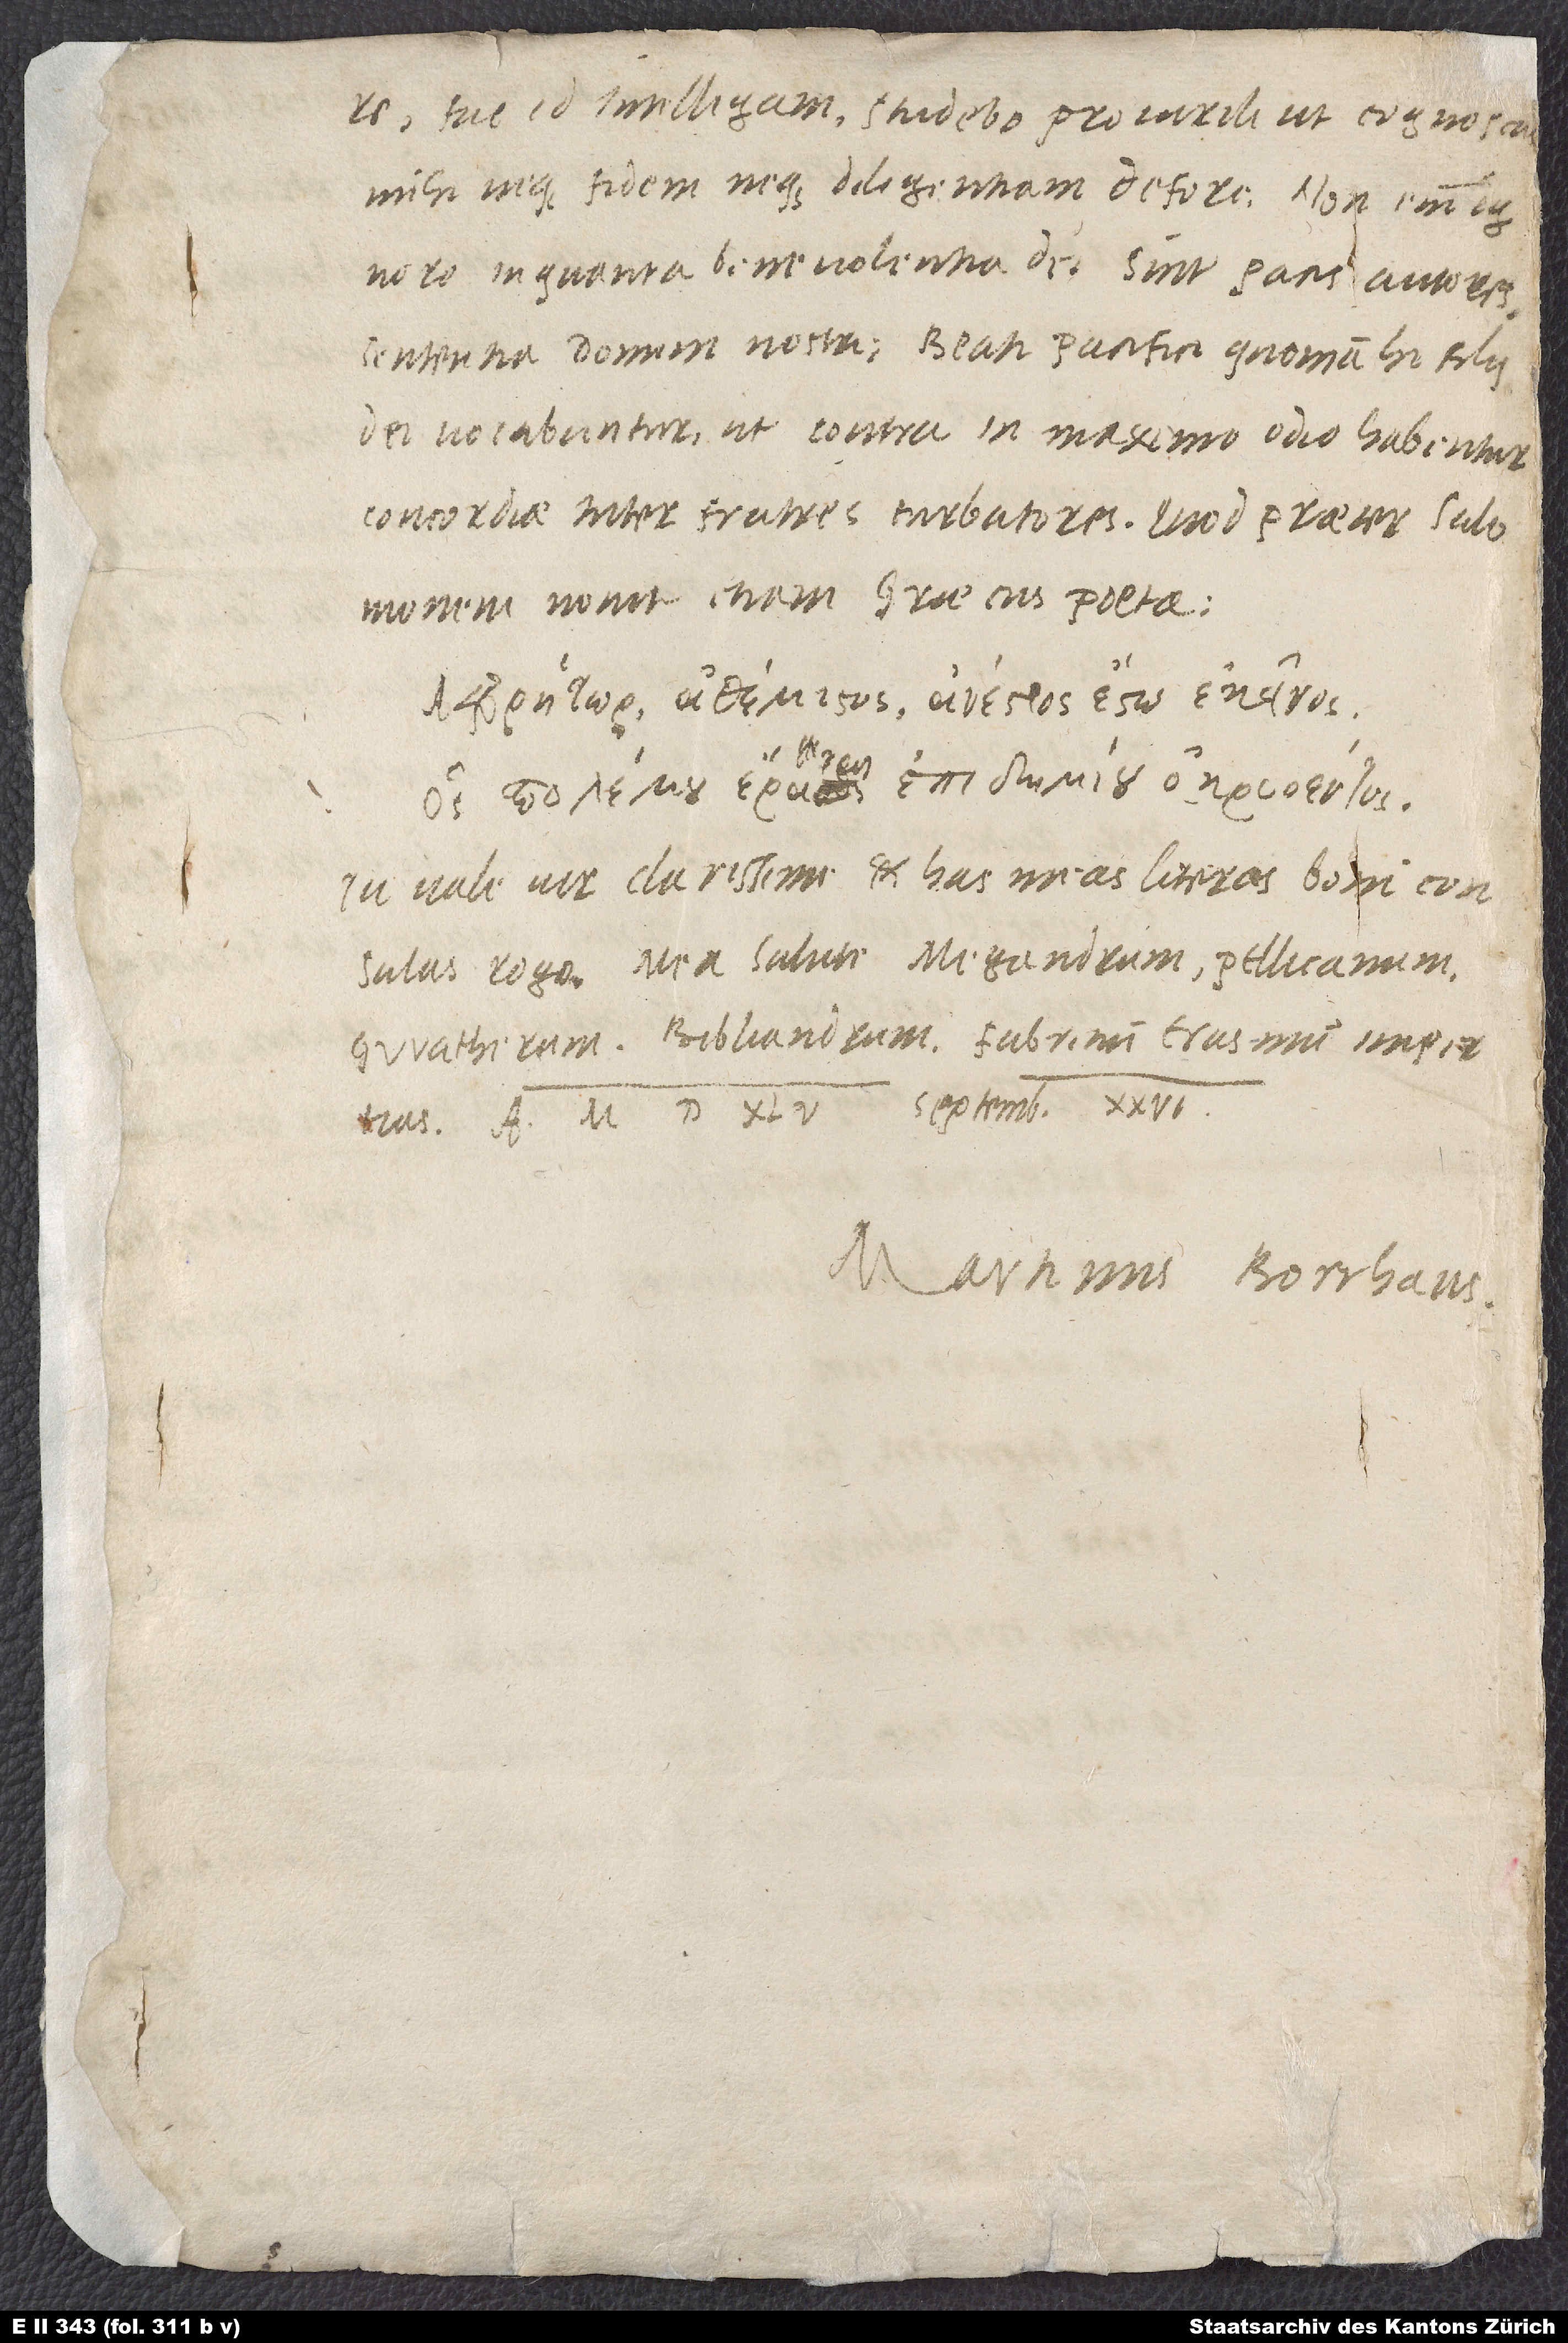
fac, id intelligam. Studebo pro virili, ut cognoscas
mihi neque fidem neque diligentiam defore. Non enim
in quanta benevolentia dei sint pacis autores
sententia domini nostri: „Beati pacifici, quoniam hi filii
dei vocabuntur“, ut contra in maximo odio habentur
concordiae inter fratres turbatores. Quod praeter Salomonem
novit etiam Graecus poeta:
Tu vale, vir clarissime, et has meas literas boni consulas,
rogo. Mea salute Megandrum, Pellicanum,
Gwaltherum, Bibliandrum, Fabritium Erasmum impertias.
Martinus Borrhaus.